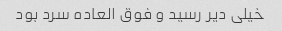
خیلی دیر رسید و فوق العاده سرد بود